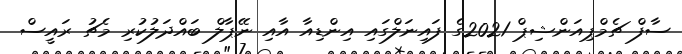
ސާފް ޗެމްޕިއަންޝިޕް 2021ގެ ފައިނަލްގައި އިންޑިއާ އާއި ނޭޕާލް ބައްދަލުކުރި މެޗު ރައީސް